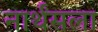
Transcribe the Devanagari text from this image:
नार्थंसला